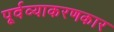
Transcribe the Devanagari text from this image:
पूर्वव्याकरणकार